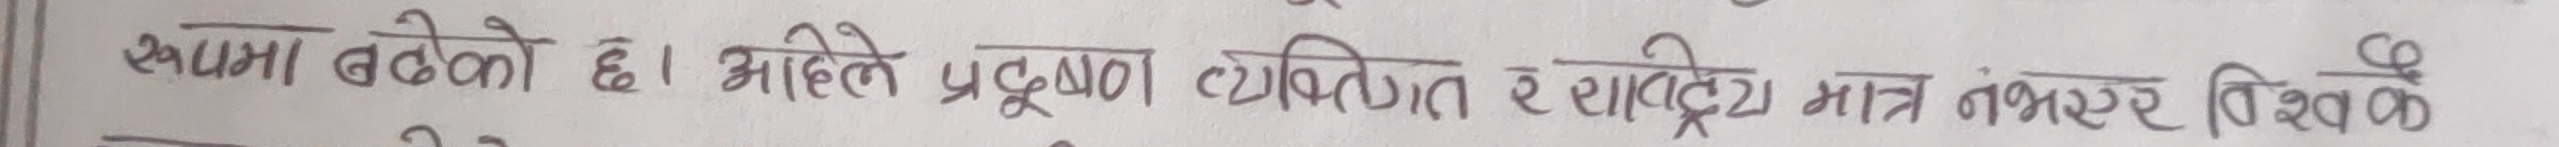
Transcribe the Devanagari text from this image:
स्वस्थ बढेको छ। अहिले प्रदूषण व्यक्तिगत र सावित्री मात्र नभएर विश्वकै